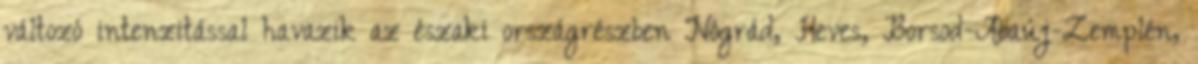
változó intenzitással havazik az északi országrészben Nógrád, Heves, Borsod-Abaúj-Zemplén,